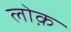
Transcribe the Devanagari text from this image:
लोक़